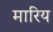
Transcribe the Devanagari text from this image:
मारिय